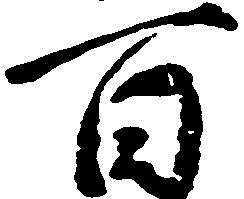
百